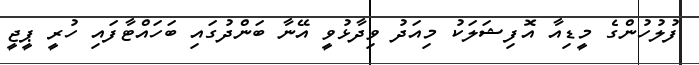
ފުލުހުންގެ މީޑިއާ އޮފިޝަލަކު މިއަދު ވިދާޅުވީ އޭނާ ބަންދުގައި ބަހައްޓާފައި ހުރީ ޕީޖީ